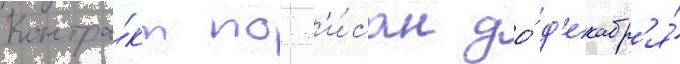
Контра́кт подп'и́сан до́ д'екабр'я́